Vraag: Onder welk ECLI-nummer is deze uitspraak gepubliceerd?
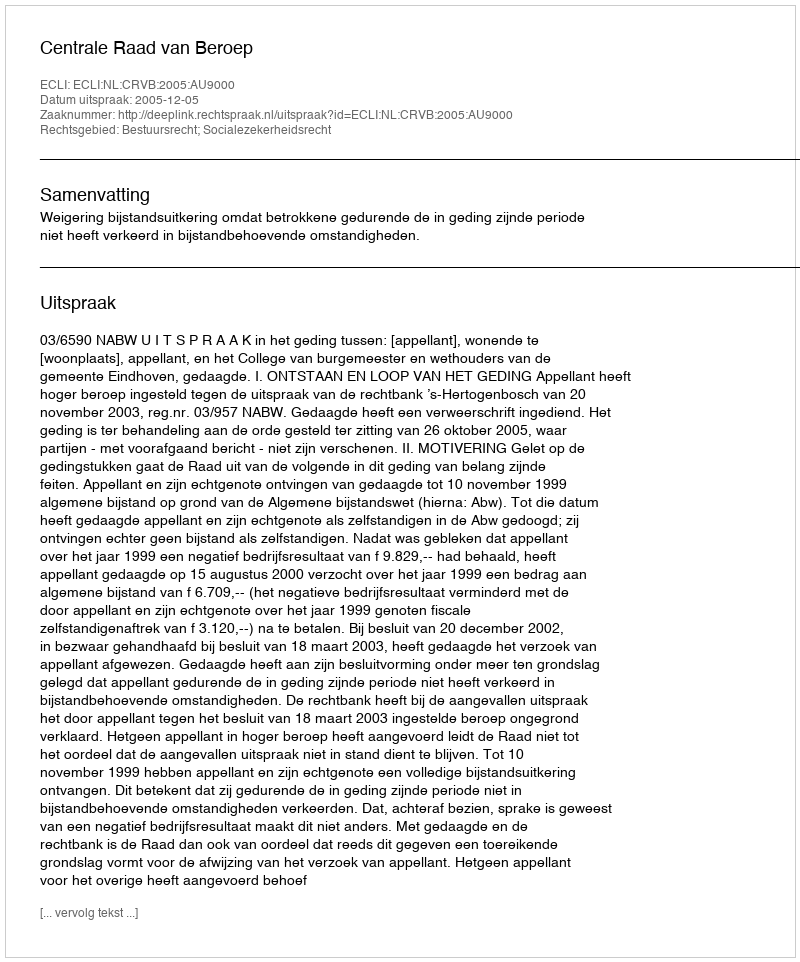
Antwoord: ECLI:NL:CRVB:2005:AU9000